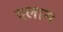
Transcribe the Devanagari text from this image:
दलाम